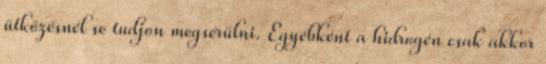
ütközésnél se tudjon megsérülni. Egyébként a hidrogén csak akkor